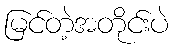
မြင်တဲ့အတိုင်းပဲ